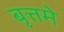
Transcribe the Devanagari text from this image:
बृत्तमे